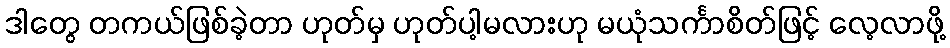
ဒါတွေ တကယ်ဖြစ်ခဲ့တာ ဟုတ်မှ ဟုတ်ပါ့မလားဟု မယုံသင်္ကာစိတ်ဖြင့် လေ့လာဖို့